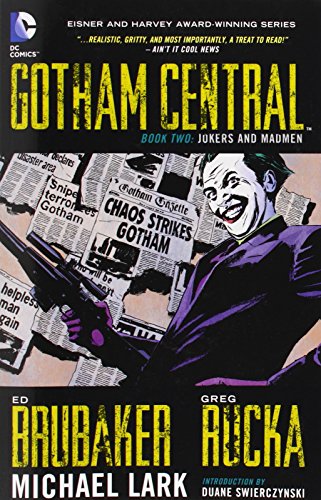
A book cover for Gotham Central, Book 2: Jokers and Madmen; Greg Rucka; Comics & Graphic Novels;